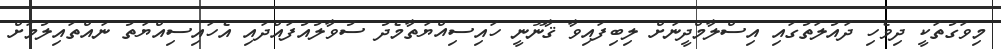
މިވަގުތަކީ ދިވެހި ދައުލަތުގައި އިސްލާމްދީނަށް ލިބިފައިވާ ޤާނޫނީ ހައިސިއްޔަތާމެދު ސުވާލުއުފައްދައި އެހައިސިއްޔަތު ނައްތައިލުމަށް